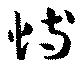
恃